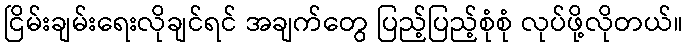
ငြိမ်းချမ်းရေးလိုချင်ရင် အချက်တွေ ပြည့်ပြည့်စုံစုံ လုပ်ဖို့လိုတယ်။